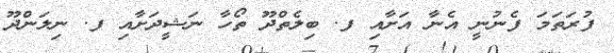
ފުރަތަމަ ފެނުނީ އެނާ އަށާއި ފ. ބިލެތްދޫ ތޯހާ ނަޝީދަށާއި ފ. ނިލަންދޫ